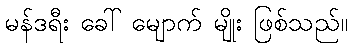
မန်ဒရီး ခေါ် မျောက် မျိုး ဖြစ်သည်။